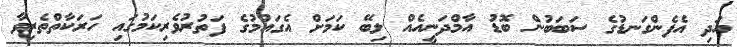
އަދި އެފެންގަނޑުގެ ސަބަބުން ބޮޑު އާމްދަނީއެއް ލިބޭ ކަމަށް އެގައުމުގެ ފަތުރުވެރިކަމުގައި ހަރަކާތްތެރިވާ